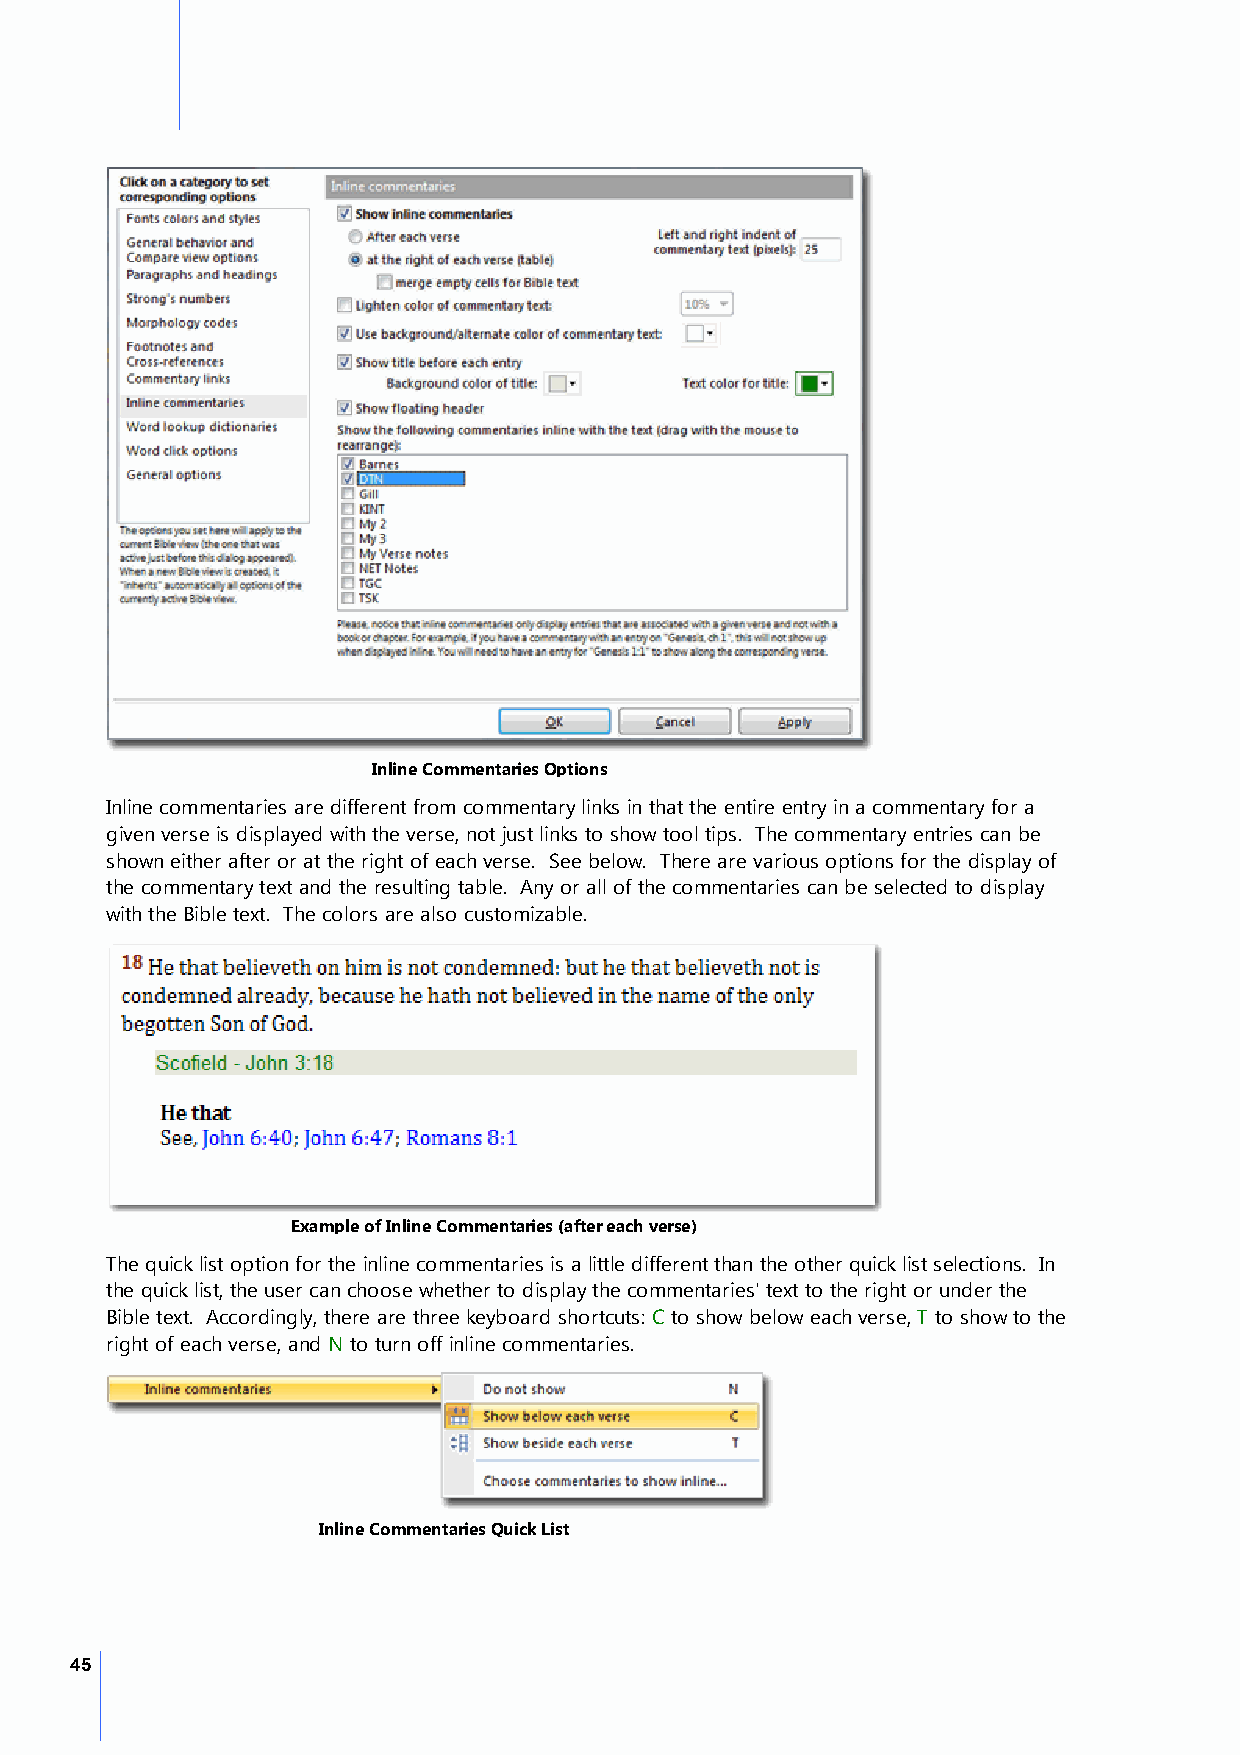
Inline Commentaries Options
 Inline commentaries are different from commentary links in that the entire entry in a commentary for a
 given verse is displayed with the verse, not just links to show tool tips. The commentary entries can be
 shown either after or at the right of each verse. See below. There are various options for the display of
 the commentary text and the resulting table. Any or all of the commentaries can be selected to display
 with the Bible text. The colors are also customizable.
 Example of Inline Commentaries (after each verse)
 The quick list option for the inline commentaries is a little different than the other quick list selections. In
 the quick list, the user can choose whether to display the commentaries' text to the right or under the
 Bible text. Accordingly, there are three keyboard shortcuts: C to show below each verse, T to show to the
 right of each verse, and N to turn off inline commentaries.
 Inline Commentaries Quick List
 45